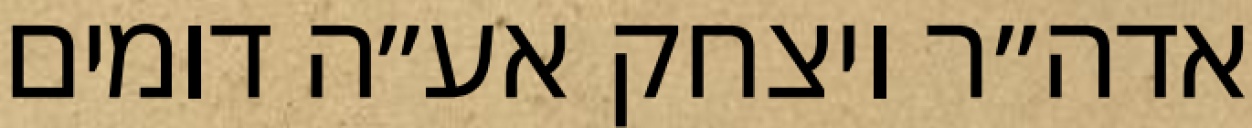
אדה״ר ויצחק אע״ה דומים